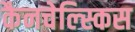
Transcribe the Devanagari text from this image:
कैनचेल्स्किस